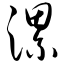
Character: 漯